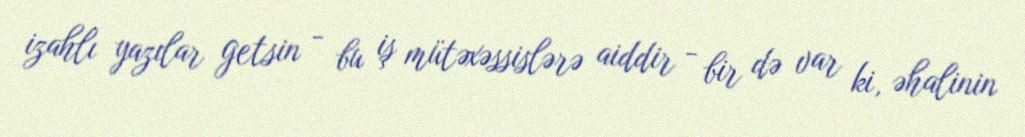
izahlı yazılar getsin - bu iş mütəxəssislərə aiddir - bir də var ki, əhalinin